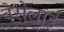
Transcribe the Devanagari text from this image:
वेरोलाई